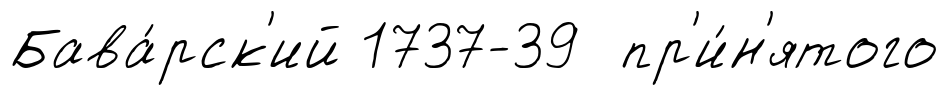
Бава́рск'ий 1737-39 пр'и́н'ятого